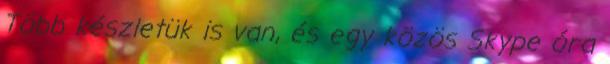
Több készletük is van, és egy közös Skype óra